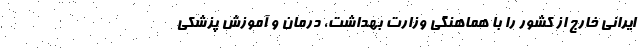
ایرانی خارج از کشور را با هماهنگی وزارت بهداشت، درمان و آموزش پزشکی